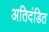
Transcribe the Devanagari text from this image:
अतिदंडित